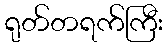
ရုတ်တရက်ကြီး